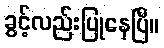
ခွင့်လည်းပြုနေပြီ။